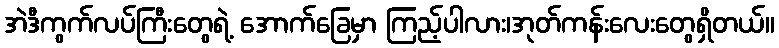
အဲဒီကွက်လပ်ကြီးတွေရဲ့ အောက်ခြေမှာ ကြည့်ပါလား၊အုတ်ကန်းလေးတွေရှိတယ်။